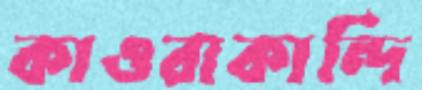
কাওরাকান্দি